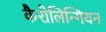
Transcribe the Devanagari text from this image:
कैरोलिन्गियन